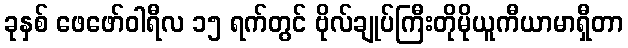
ခုနှစ် ဖေဖော်ဝါရီလ ၁၅ ရက်တွင် ဗိုလ်ချုပ်ကြီးတိုမိုယူကီယာမာရှီတာ